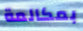
بمكالمة